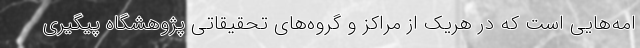
امه‌هایی است که در هریک از مراکز و گروه‌های تحقیقاتی پژوهشگاه پیگیری